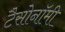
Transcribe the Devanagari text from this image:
टैसोनॉमी